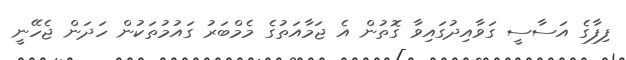
ފިފާގެ އަސާސީ ގަވާއިދުގައިވާ ގޮތުން އެ ޖަމާއަތުގެ މެމްބަރު ގައުމުތަކުން ހަދަން ޖެހޭނީ